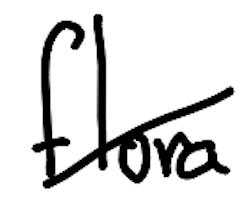
Text: flora
Cross-out: diagonal
Writing tool: digital_black